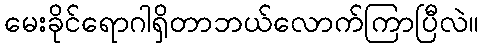
မေးခိုင်ရောဂါရှိတာဘယ်လောက်ကြာပြီလဲ။